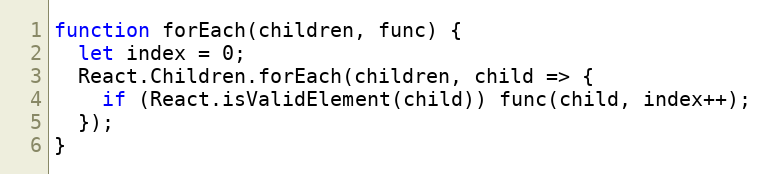
Language: JavaScript
function forEach(children, func) {
  let index = 0;
  React.Children.forEach(children, child => {
    if (React.isValidElement(child)) func(child, index++);
  });
}